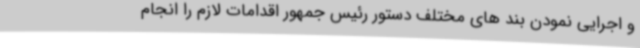
و اجرایی نمودن بند های مختلف دستور رئیس جمهور اقدامات لازم را انجام